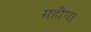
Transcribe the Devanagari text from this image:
महौबा